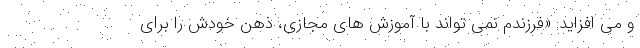
و می‌ افزاید: «فرزندم نمی تواند با آموزش های مجازی، ذهن خودش را برای